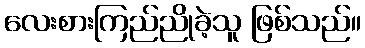
လေးစားကြည်ညိုခဲ့သူ ဖြစ်သည်။